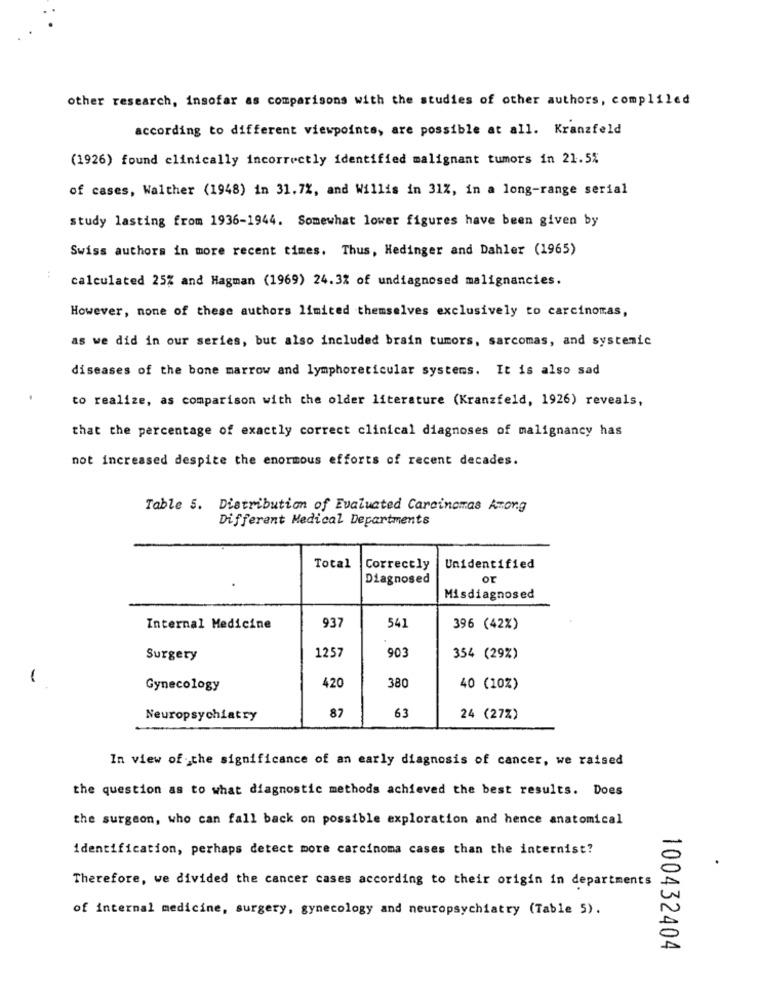
other research, insofar as comparisons with the studies of other authors, compliled
according to different viewpoints, are possible at all. Kranzfeld
(1926) found clinically incorrectly identified malignant tumors in 21.5%
of cases, Walther (1948) in 31.7%, and Willis in 31%, in a long-range serial
study lasting from 1936-1944. Somewhat lower figures have been given by
Swiss authors in more recent times. Thus, Hedinger and Dahler (1965)
44
calculated 25% and Hagman (1969) 24.3% of undiagnosed malignancies.
However, none of these authors limited themselves exclusively to carcinomas,
as we did in our series, but also included brain tumors, sarcomas, and systemic
diseases of the bone marrow and lymphoreticular systems. It is also sad
to realize, as comparison with the older literature (Kranzfeld, 1926) reveals,
that the percentage of exactly correct clinical diagnoses of malignancy has
not increased despite the enormous efforts of recent decades.
Table 5. Distribution of Evaluated Carcinomas Among
Different Medical Departments
Total
Correctly
Unidentified
Diagnosed
or
Misdiagnosed
Internal Medicine
937
541
396 (42%)
1257
903
Surgery
354 (29%)
-
Gynecology
420
380
40 (10%)
87
Neuropsychiatry
63
24 (27%)
In view of the significance of an early diagnosis of cancer, we raised
the question as to what diagnostic methods achieved the best results. Does
the surgeon, who can fall back on possible exploration and hence anatomical
identification, perhaps detect more carcinoma cases than the internist?
Therefore, we divided the cancer cases according to their origin in departments
of internal medicine, surgery, gynecology and neuropsychiatry (Table 5).
100432404